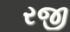
રજી